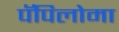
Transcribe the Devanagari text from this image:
पॅपिलोमा